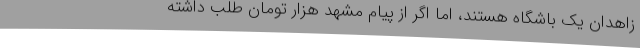
زاهدان یک باشگاه هستند، اما اگر از پیام مشهد هزار تومان طلب داشته